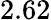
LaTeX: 2.62